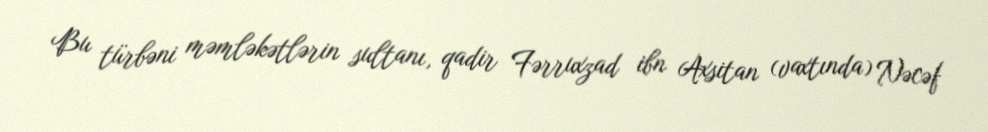
Bu türbəni məmləkətlərin sultanı, qadir Fərruxzad ibn Axsitan (vaxtında) Nəcəf